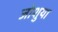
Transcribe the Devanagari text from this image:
जोशुया